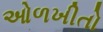
ઓળખીતો